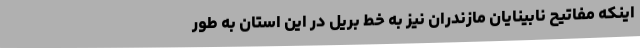
اینکه مفاتیح نابینایان مازندران نیز به خط بریل در این استان به طور